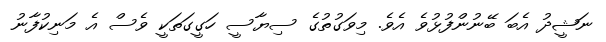
ނަޝީދު އެބަ ބޭނުންފުޅުވެ އެވެ. މިވަގުތުގެ ސިޔާސީ ހަގީގަތަކީ ވެސް އެ މަނިކުފާނު